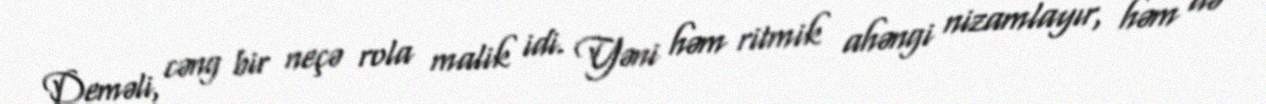
Deməli, cəng bir neçə rola malik idi. Yəni həm ritmik ahəngi nizamlayır, həm də